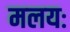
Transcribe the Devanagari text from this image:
मलयः